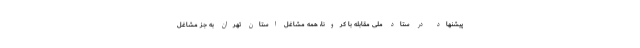
پیشنهاد در ستاد ملی مقابله با کرونا، همه مشاغل استان تهران به جز مشاغل